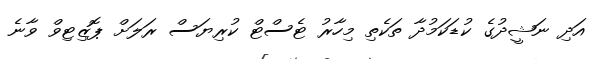
އަދި ނަޝީދުގެ ކުޑަކަމުދާ ތަކެތި މިހާރު ޓެސްޓް ކުރިޔަސް ރަލަށް ޕޮޒިޓިވް ވާނެ